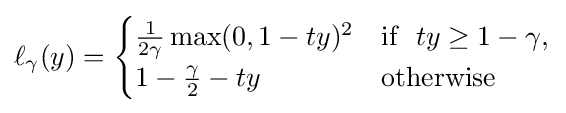
\ell _{\gamma }(y)={\begin{cases}{\frac {1}{2\gamma }}\max(0,1-ty)^{2}&{\text{if}}~~ty\geq 1-\gamma ,\\1-{\frac {\gamma }{2}}-ty&{\text{otherwise}}\end{cases}}